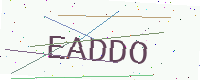
Text: EADDO